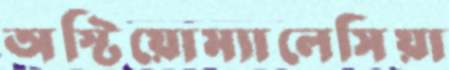
অস্টিয়োম্যালেসিয়া